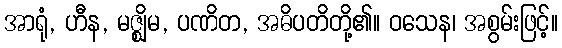
အာရုံ, ဟီန, မဇ္ဈိမ, ပဏိတ, အဓိပတိတို့၏။ ဝသေန၊ အစွမ်းဖြင့်။